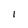
Character: I